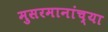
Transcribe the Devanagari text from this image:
मुसरमानांच्या